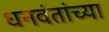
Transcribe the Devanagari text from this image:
धनवंतांच्या